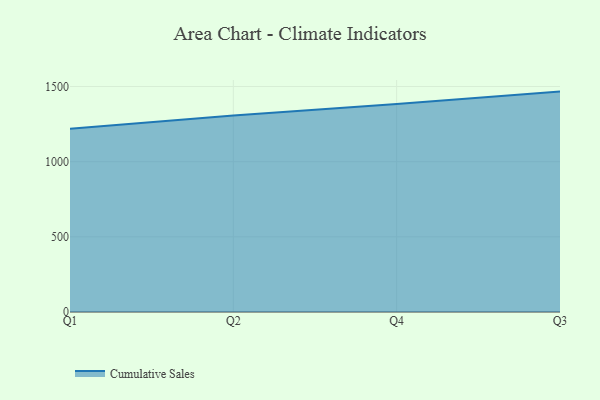
{"axis": {"x": "Quarter", "y": "Page Views"}, "legend": ["Cumulative Sales"], "data": [{"x": "Q1", "y": 1219.7, "type": "Cumulative Sales"}, {"x": "Q2", "y": 1307.5, "type": "Cumulative Sales"}, {"x": "Q4", "y": 1384.4, "type": "Cumulative Sales"}, {"x": "Q3", "y": 1466.3, "type": "Cumulative Sales"}]}